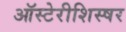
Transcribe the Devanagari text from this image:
ऑस्टेरीशिस्षर